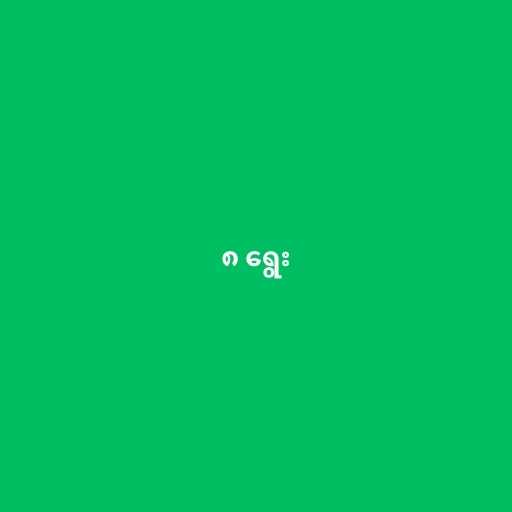
၈ ရွေး